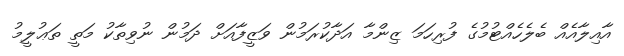
އާއިލާއެއް ބެލެހެއްޓުމުގެ ފުރިހަމަ ޒިންމާ އަދާކުރަމުން ވަޒީފާއަށް ދަމުން ނުވިތާކު މަތީ ތަޢުލީމު